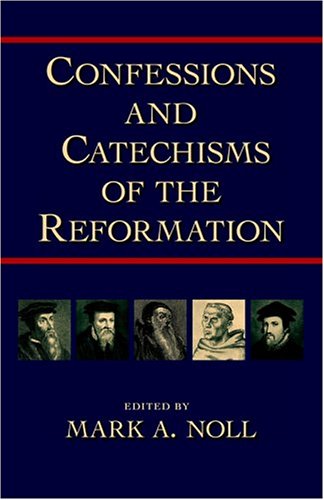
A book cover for Confessions and Catechisms of the Reformation; Christian Books & Bibles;